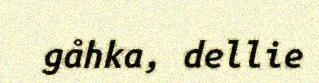
gåhka, dellie